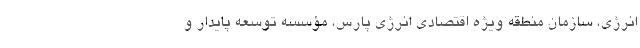
انرژی، سازمان منطقه ویژه اقتصادی انرژی پارس، مؤسسه توسعه پایدار و